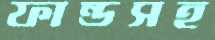
ফান্ডসহ